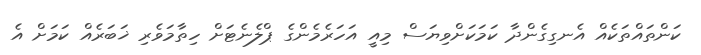
ކަންތައްތަކެއް އެނގިގެންދާ ކަމަކަށްވިޔަސް މިއީ އަހަރެމެންގެ ޕްލެނެޓަށް ހިތާމަވެރި ޚަބަރެއް ކަމަށް އެ